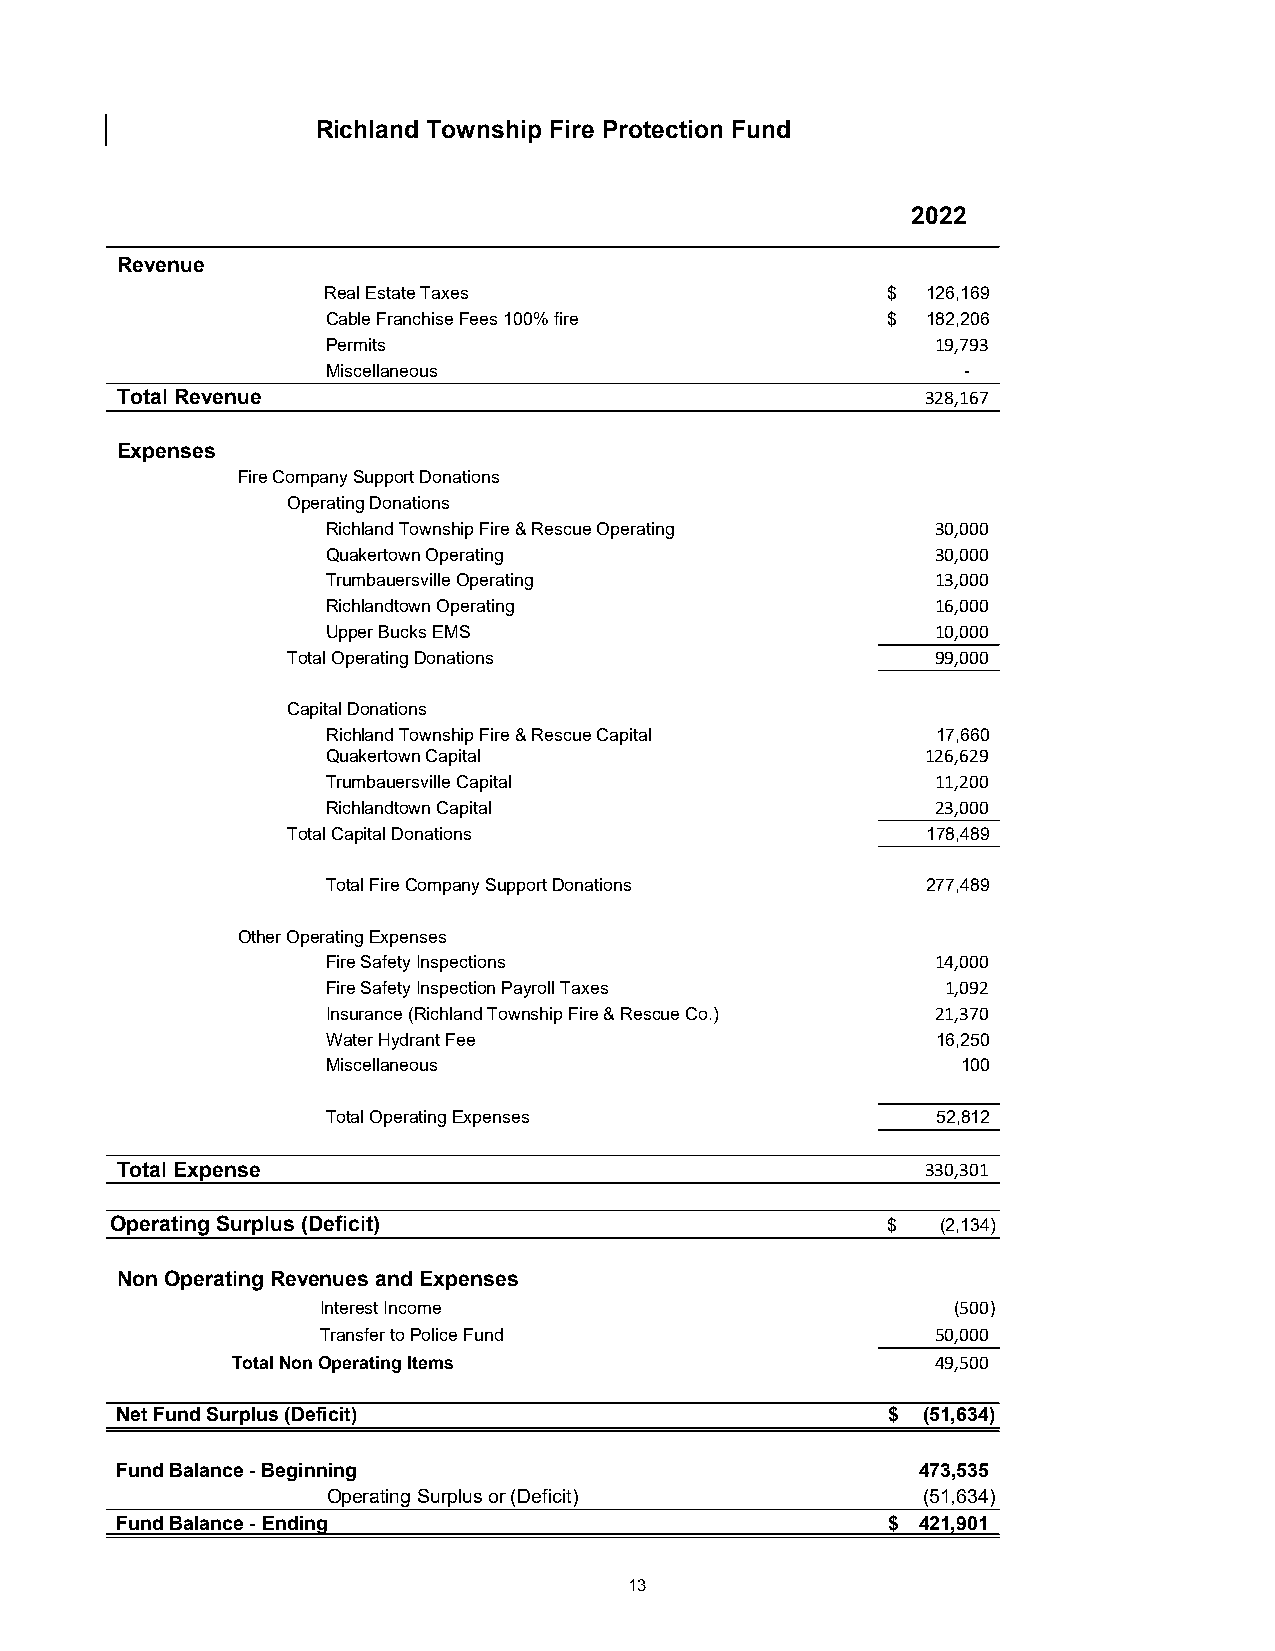
Richland Township Fire Protection Fund
 2022
 Revenue
 Real Estate Taxes                    $ 1 26,169
 Cable Franchise Fees 100% fire       $ 1 82,206
 Permits                                 19,793
 Miscellaneous                             -
 Total Revenue                                        328,167
 Expenses
 Fire Company Support Donations
 Operating Donations
 Richland Township Fire & Rescue Operating 30,000
 Quakertown Operating                    30,000
 Trumbauersville Operating               13,000
 Richlandtown Operating                  16,000
 Upper Bucks EMS                         10,000
 Total Operating Donations                  99,000
 Capital Donations
 Richland Township Fire & Rescue Capital 1 7,660
 Quakertown Capital                     126,629
 Trumbauersville Capital                 11,200
 Richlandtown Capital                    23,000
 Total Capital Donations                   1 78,489
 Total Fire Company Support Donations   2 77,489
 Other Operating Expenses
 Fire Safety Inspections                 14,000
 Fire Safety Inspection Payroll Taxes     1 ,092
 Insurance (Richland Township Fire & Rescue Co.) 21,370
 Water Hydrant Fee                       1 6,250
 Miscellaneous                             100
 Total Operating Expenses                52,812
 Total Expense                                        330,301
 Operating Surplus (Deficit)                         $  (2,134)
 Non Operating Revenues and Expenses
 Interest Income                           ( 500)
 Transfer to Police Fund                  50,000
 Total Non Operating Items                      49,500
 Net Fund Surplus (Deficit)                         $ (51,634)
 Fund Balance - Beginning                             473,535
 Operating Surplus or (Deficit)         (51,634)
 Fund Balance - Ending                              $ 421,901
 13